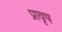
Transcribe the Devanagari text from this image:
प्रावृष